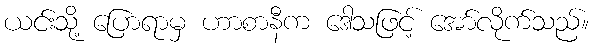
ယင်းသို့ ပြောရာမှ ဟာစာနီက ဒေါသဖြင့် အော်လိုက်သည်။